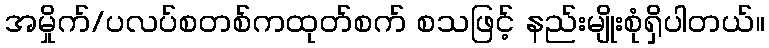
အမှိုက်/ပလပ်စတစ်ကထုတ်စက် စသဖြင့် နည်းမျိုးစုံရှိပါတယ်။